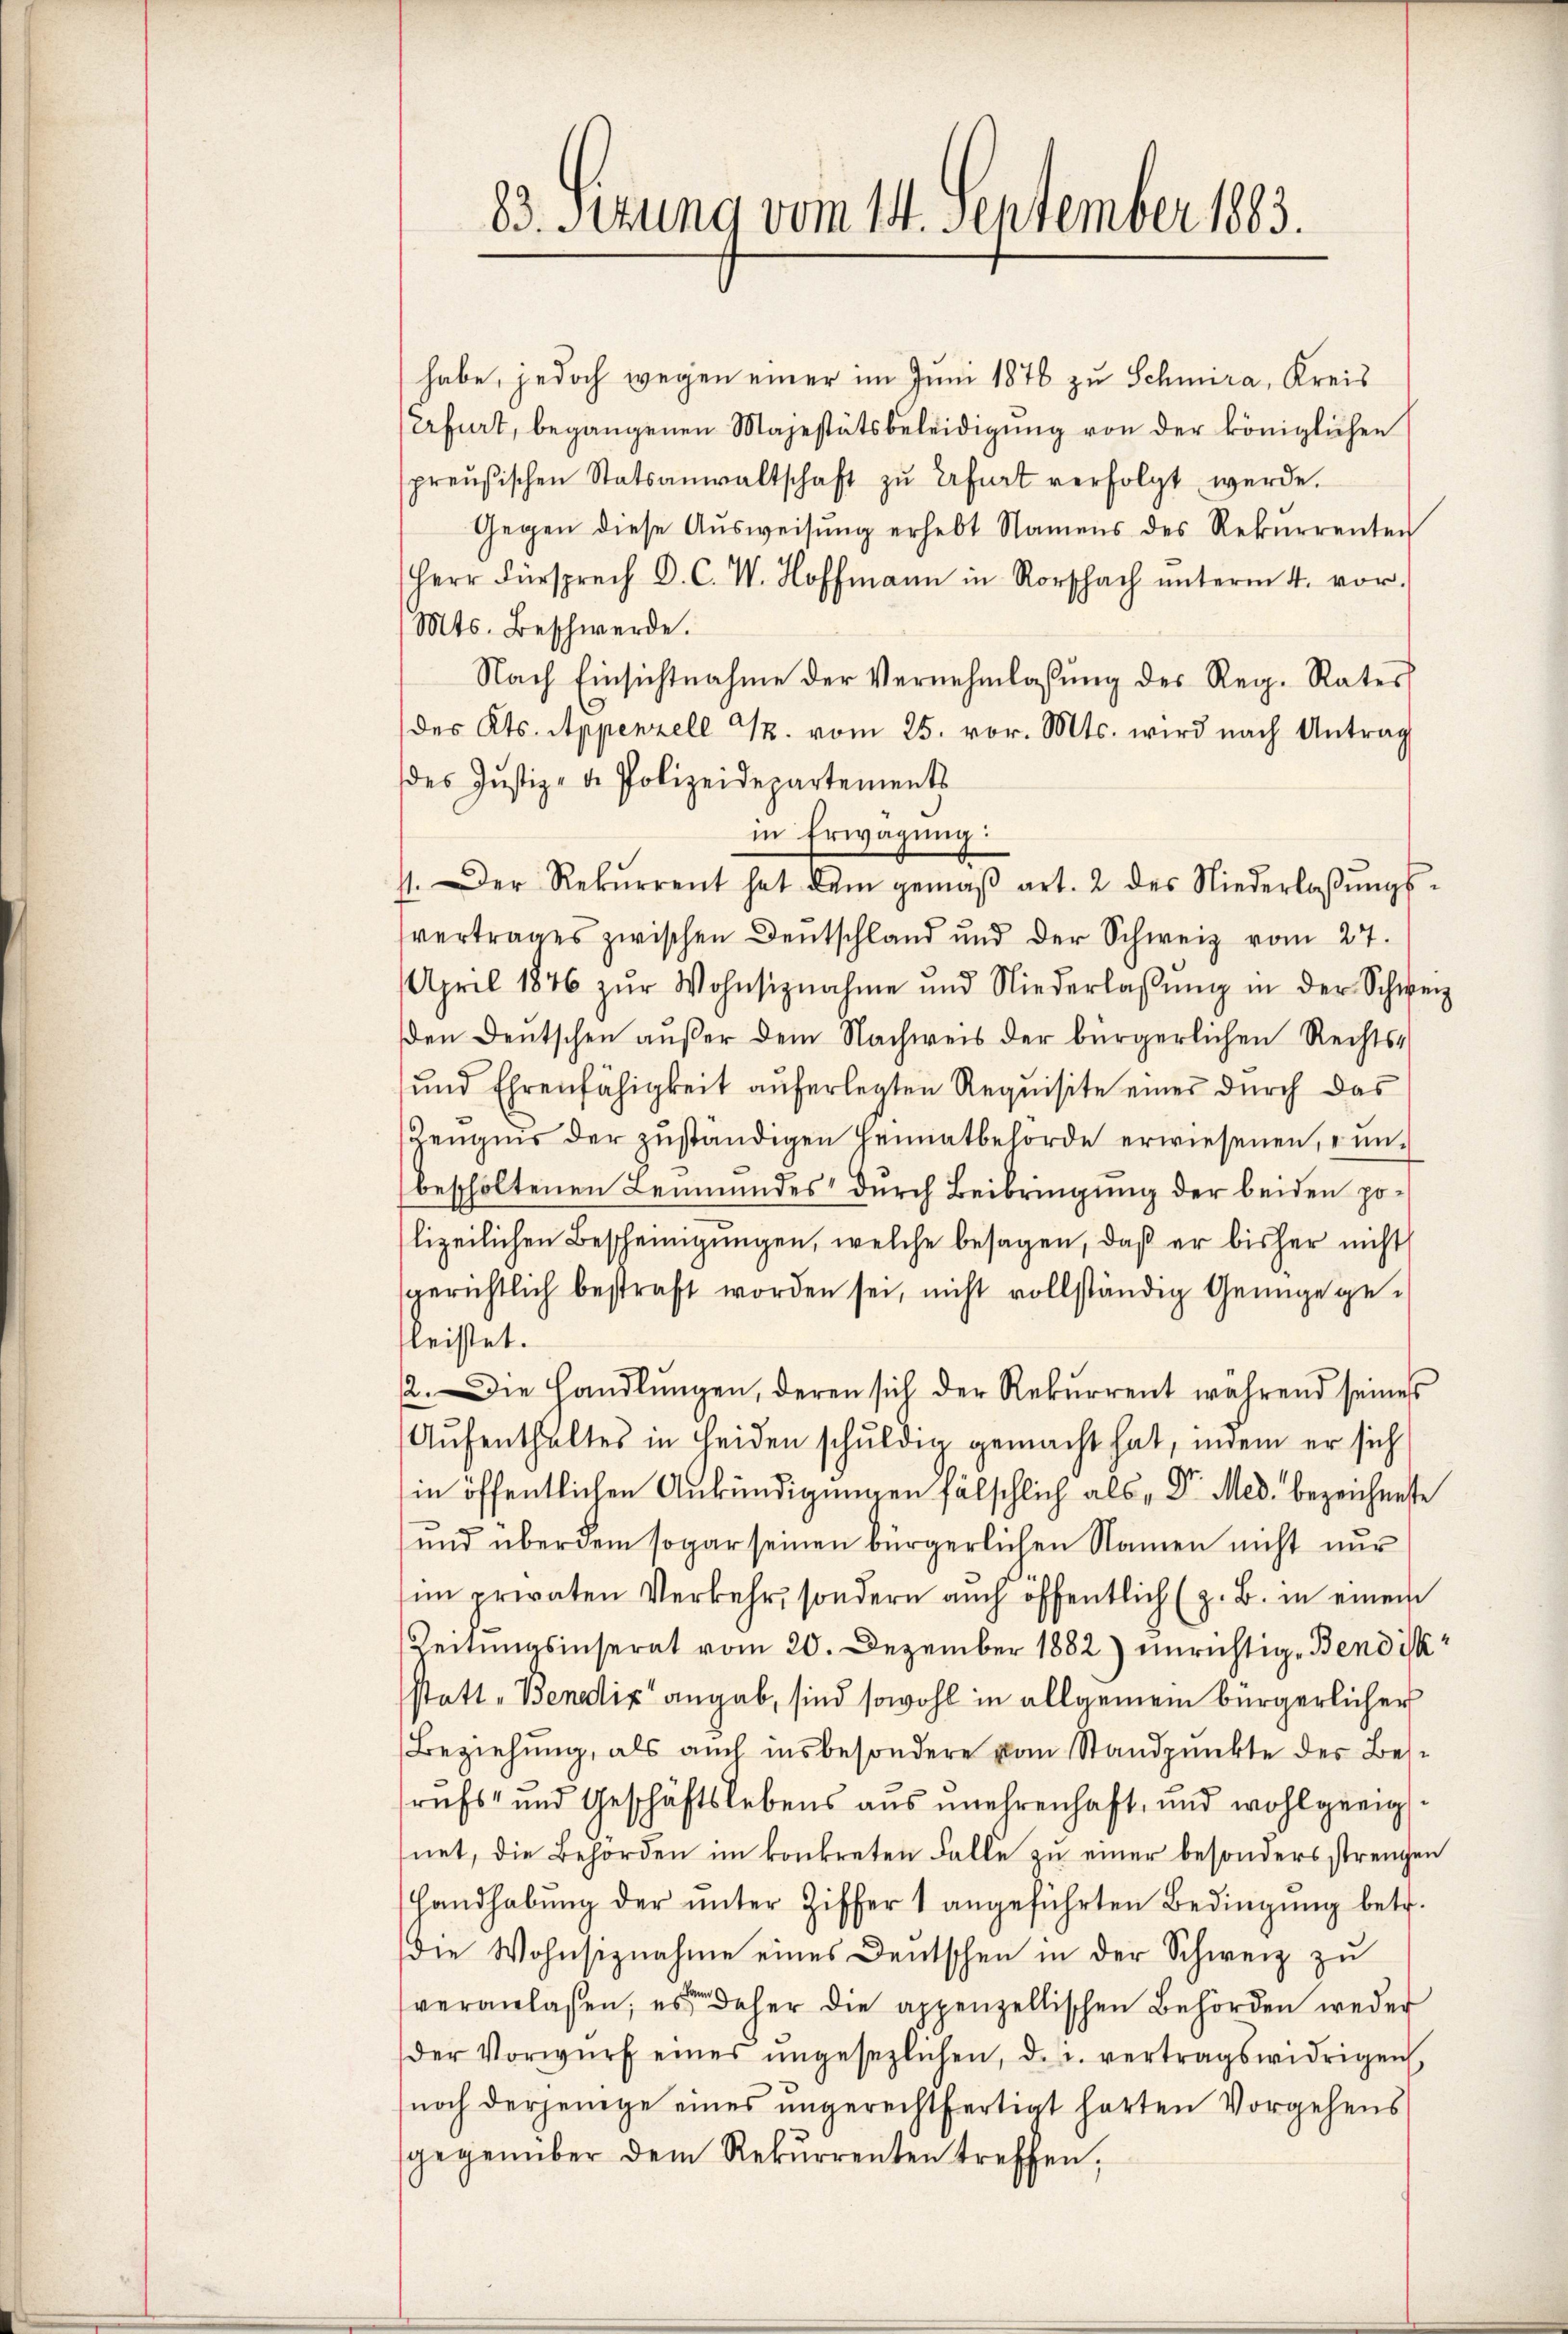
83. Sezung vom 14. September 1883.

habe, jedoch wegen einer im Juni 1876 zu Schmira, Kreis
Erfurt, begangenen Majestätsbeleidigung von der königlichen
preußischen Statsanwaltschaft zŭ Erfurt verfolgt werde.
Gegen diese Ausweisung erhebt Namens des Rekurrenten
Herr Fürsprech D. C. W. Hoffmann in Rorschach ŭnterm 4. vor.
Mts. Beschwerde.
Nach Einsichtnahme der Vernehmlassŭng des Reg. Rates
C
des Kts. Appenzell M. vom 25. vor. Mts. wird nach Antrag
des Justiz- & Polizeidepartements
in Erwägung:
11. Der Rekŭrrent hat dem gemäβ art. 2 des Niederlassŭngs-
vertrages zwischen Deutschland und der Schweiz vom 27.
April 1846 zŭr Wohnsiznahme und Niederlassŭng in der Schweiz
den Deutschen außer dem Nachweis der bürgerlichen Rechts¬
und Ehrenfähigkeit aŭferlegten Requisite einer dŭrch das
Zeugnis der zuständigen Heimatbehörde erwiesenen, unbescholtenen Leumundes durch Beibringung der beiden polizeilichen Bescheinigungen, welche besagen, daß er bisher nicht
sgerichtlich bestraft worden sei, nicht vollständig Genüge geleistet.
2. Die Handlŭngen, deren sich der Rekŭrrent während seines
Aufenthaltes in Leiden schuldig gemacht hat, indem er sich
in öffentlichen Ankündigungen fälschlich als Dr. Med. bezeichneste
und über dem sogar seinen bürgerlichen Namen nicht nur
im privaten Verkehr, sondern auch öffentlich (z. B. in einem
Zeitungsinserat vom 20. Dezember 1882) unrichtige Bendisk
statt „Bendix angab, sind sowohl in allgemein bürgerlicher
Beziehung, als auch insbesondere vom Standpunkte des Besrufs- und Geschäftslebens aus unehrenhaft, und wohl geeig
net, die Behörden im konkreten Falle zu einer besonders strengen
Handhabŭng der ŭnter Ziffer 1 angeführten Bedingŭng betr.
die Wohnsiznahme eines Deutschen in der Schweiz zu
veranlassen; es daher die appenzellischen Behörden weder
der Vorwurf eines ungesezlichen, d. u. vertragswidrigen
noch derjenige eines ungerechtfertigt harten Vorgehens
sgegenüber dem Rekŭrrenten treffen,